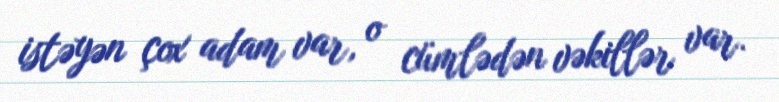
istəyən çox adam var, o cümlədən vəkillər var.